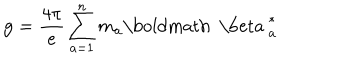
{ \bf g } = { \frac { 4 \pi } { e } } \sum _ { a = 1 } ^ { n } m _ { a } { \mathrm { \boldmath ~ \ b e t a ~ } } _ { a } ^ { * }